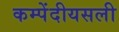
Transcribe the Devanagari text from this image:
कम्पेंदीयसली